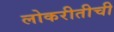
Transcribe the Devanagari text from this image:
लोकरीतीची